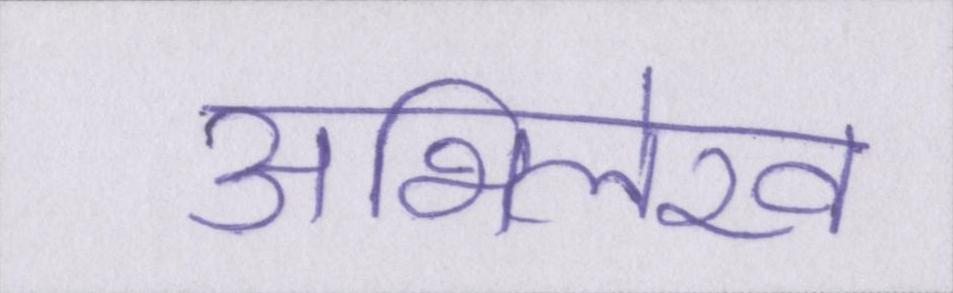
अभिलेख